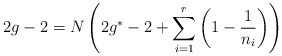
\begin{align*}2g-2=N\left( 2g^{*}-2+\sum _{i=1}^{r}\left( 1-\frac{1}{n_{i}}\right) \right)\end{align*}